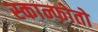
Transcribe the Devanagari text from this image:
स्कान्फोतो